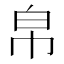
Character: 帛